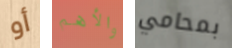
أو والأهم بمحامي